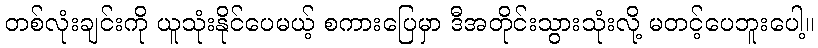
တစ်လုံးချင်းကို ယူသုံးနိုင်ပေမယ့် စကားပြေမှာ ဒီအတိုင်းသွားသုံးလို့ မတင့်ပေဘူးပေါ့။